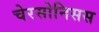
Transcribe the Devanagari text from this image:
चेरसोनिसस